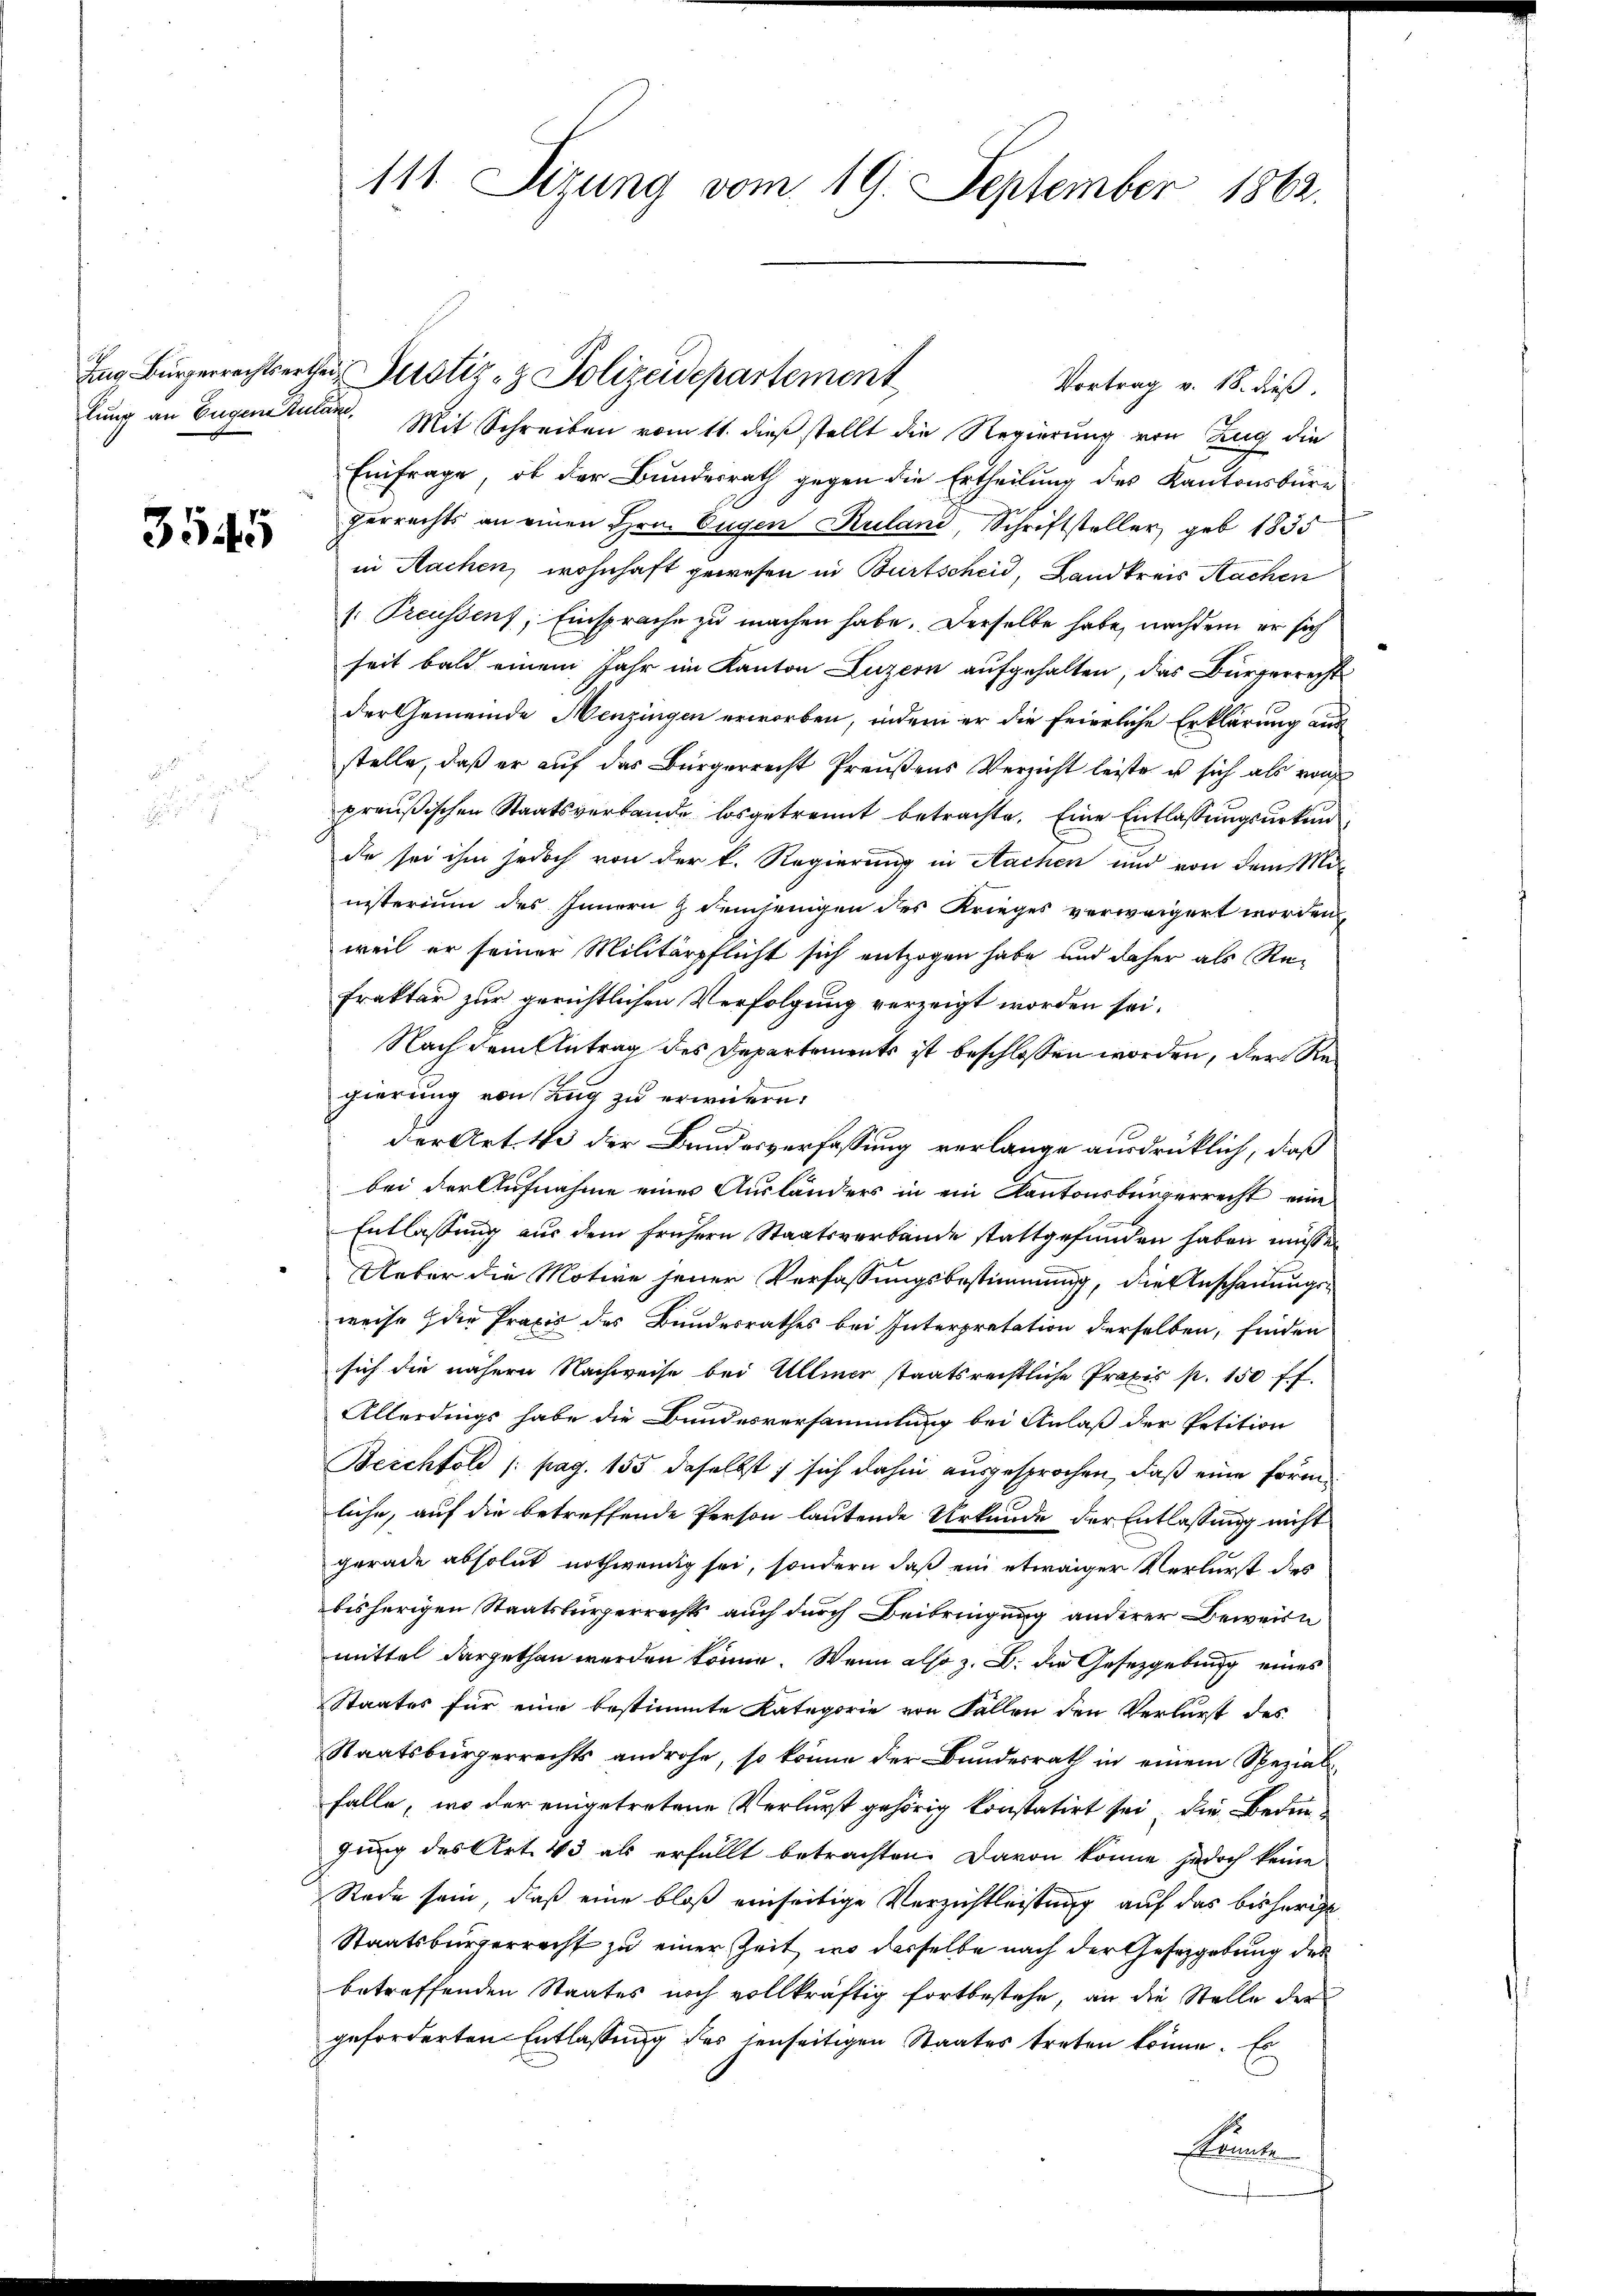
3545

Vortrag v. 18. dieß.
lung an Eugentum. Mit Schreiben vom 11. dieß stellt die Regierung von Zug die
Einfrage, ob der Bundesrath gegen die Ertheilung des Kantonsbüre
gerrechts an einen Hrn. Eugen Kuland, Schriftsteller, geb. 1835
in Nachen, wohnhaft gewesen in Burtscheid, Landkreis Nachen
s: Treussens, Einsprache zu machen habe. Derselbe habe, nachdem er sich
seit bald einem Jahr im Kanton Luzern aufgehalten, das Bürgerrechtsder Gemeinde Menzingen erworben, indem er die feierliche Erklärung aus
stelle, daß er auf das Bürgerrecht Preußens Verzicht leiste u sich als woh
preußischen Staatsverbande losgetrennt betrachte. Eine Entlassungsurkun
de sei ihm jedoch von der k. Regierung in Sachen und von dem Mi
nisterium des Innern & demjenigen des Krieges verweigert worden,
weil er seiner Militärpflicht sich entzogen habe und daher als Re-
frakter zur gerichtlichen Verfolgung verzeigt worden sei.
Nach dem Antrag des Departements ist beschlossen worden, der Regierung von Zug zu erwidern.
der Art. the der Bundesverfassung verlange ausdrücklich, daß
bei der Aufnahme eines Ausländers in ein Kantonsbürgerrecht eine
Entlassung aus dem frühern Staatsverbände stattgefunden haben müssen
Ueber die Motive jener Verfassungsbestimmung, die Anschauungsweise die Praxis des Bundesrathes bei Interpretation derselben, finden
sich die nähern Nachweise bei Ulmer staatsrechtliche Praxis p. 150 ff.
Allerdings habe die Bundesversammlung bei Anlaß der Petition
Berchtold /: pag. 155 deselbst, sich dahin ausgesprochen, daß eine Form
liche, auf die betreffende Person lautende Urkunde der Entlassung nicht
gerade absolut nothwendig sei, sondern daß ein etwaiger Verlurst des
bisherigen Staatsbürgerrechts auch durch Beibringung anderer Beweise
mittel dargethan werden könne. Wenn also z. B. die Gesetzgebung eines
Staates für eine bestimmte Kategorie von Fällen den Verlurst des
Staatsbürgerrechts androhe, so könne der Bundesrath in einem Spezial-
falle, wo der eingetretene Verlurst gehörig konstatirt sei, die Bedengung des Art. 43 als erfällt betrachten. Davon könne jedoch keine
Rade sein, daß eine bloß einseitige Verzichtleistung auf das bisherige
Staatsbürgerrecht zu einer Zeit, wo derselbe nach der Gesetzgebung der
betreffenden Staates noch vollkräftig fortbestehe, an die Stelle der
geforderten Entlassung des senseitigen Staates treten könne. Es
Knete

111. Sizung vom 19. September 1862.

Ing Bürgerrechtsertheil Perotiz - Polizeidepartement